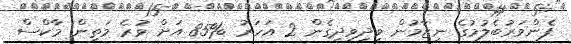
ފެންވަރުބެލުމުގެ ނިޒާމުން ވިދިވިދިގެން 2 އަހަރު %85 އަށް ވުރެ މަތިން މާކްސް